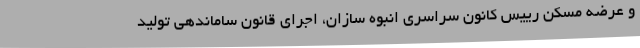
و عرضه مسکن رییس کانون سراسری انبوه سازان، اجرای قانون ساماندهی تولید